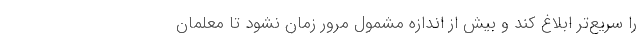
را سریع‌تر ابلاغ کند و بیش از اندازه مشمول مرور زمان نشود تا معلمان